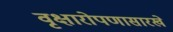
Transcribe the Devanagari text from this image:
वृक्षारोपणासारखे